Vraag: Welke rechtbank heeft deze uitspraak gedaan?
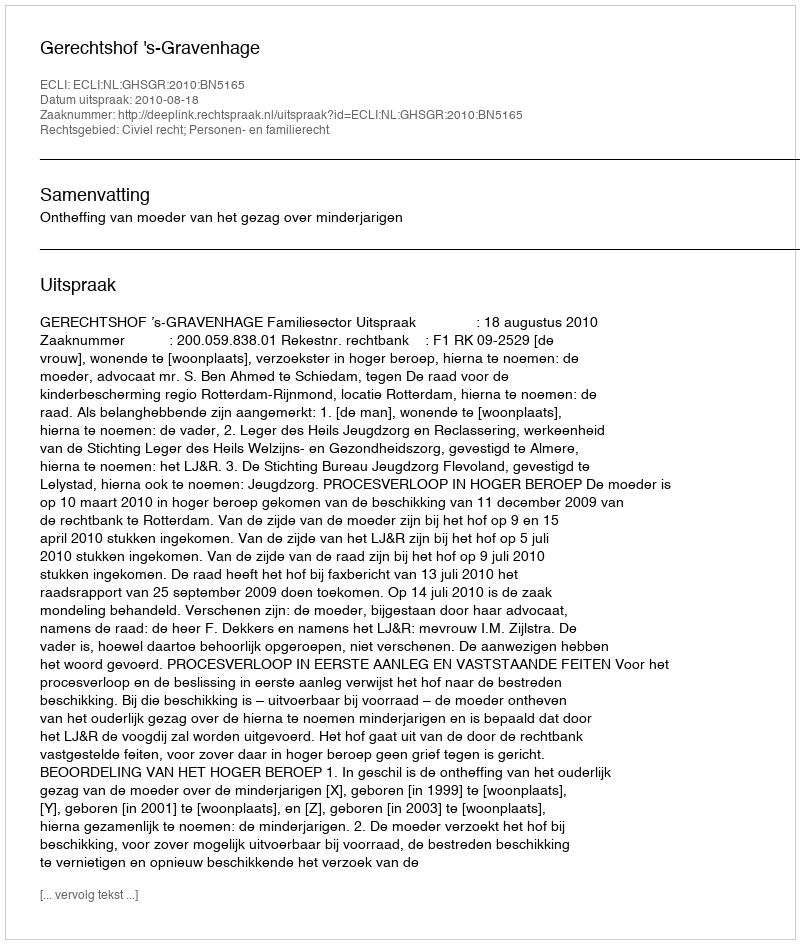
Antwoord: Gerechtshof 's-Gravenhage